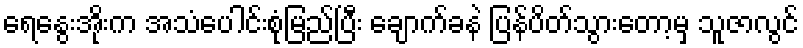
ရေနွေးအိုးက အသံပေါင်းစုံမြည်ပြီး ချောက်ခနဲ ပြန်ပိတ်သွားတော့မှ သူဇာလွင်